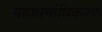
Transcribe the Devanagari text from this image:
महाधर्माधिकरण